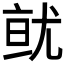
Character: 𭕐